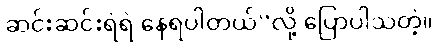
ဆင်းဆင်းရဲရဲ နေရပါတယ်”လို့ ပြောပါသတဲ့။